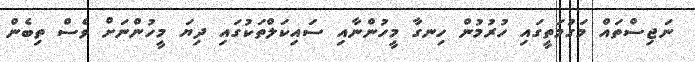
ނަޖިސްތައް މަގުމަތީގައި ހުރުމުން ހިނގާ މީހުންނާއި ސައިކަލްތަކުގައި ދިޔަ މީހުންނަށް ވެސް ތިބެން